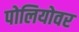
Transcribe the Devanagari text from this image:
पोलियोवर